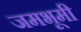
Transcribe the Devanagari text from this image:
जमभूमी